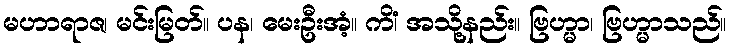
မဟာရာဇ၊ မင်းမြတ်။ ပန၊ မေးဦးအံ့။ ကိံ၊ အသို့နည်း။ ဗြဟ္မာ၊ ဗြဟ္မာသည်။